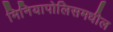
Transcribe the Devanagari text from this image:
मिनियापोलिसमधील